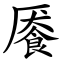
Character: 餍